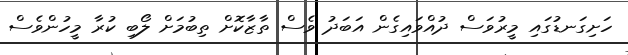
ހަށިގަނޑުގައި މީރުވަސް ދުއްވައިގެން އަބަދު ވެސް ތާޒާކޮށް ތިބުމަށް ލޯބި ކުރާ މީހުންވެސް